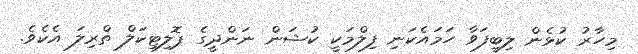
މިހާރު ކުޅެން ލިބިފަވާ ހަމައެކަނި ފިލްމަކީ ކުޝަން ނަންދީގެ ޕޮލިޓިކަލް ތްރިލަ އެކެވެ.